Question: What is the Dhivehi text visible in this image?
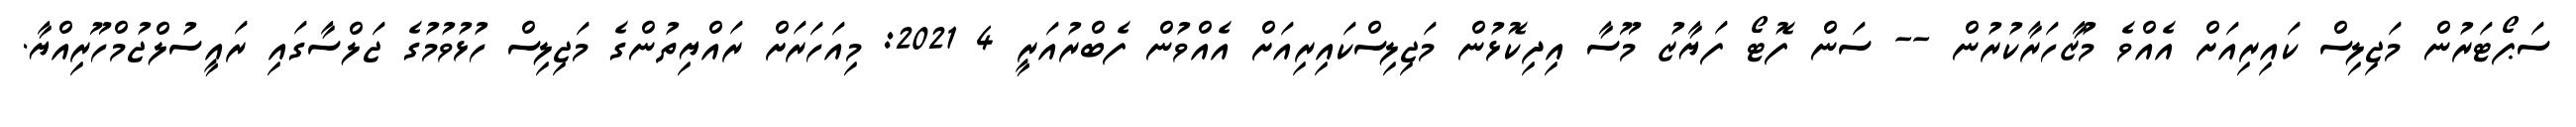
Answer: ސަޕޯޓަރުން މަޖިލިސް ކައިރިއަށް އެއްވެ މުޒާހަރާކުރުން -- ސަން ފޮޓޯ ފަޔާޒު މޫސާ އިދިކޮޅުން މަޖިލިސްކައިރިއަށް އެއްވުން ފެބްރުއަރީ 4 2021: މިއަހަރަށް ރައްޔިތުންގެ މަޖިލިސް ހުޅުވުމުގެ ޖަލްސާގައި ރައީސުލްޖުމްހޫރިއްޔާ.